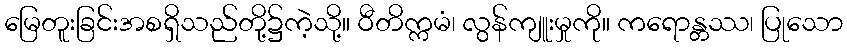
မြေတူးခြင်းအစရှိသည်တို့၌ကဲ့သို့။ ဝီတိက္ကမံ၊ လွန်ကျူးမှုကို။ ကရောန္တဿ၊ ပြုသော